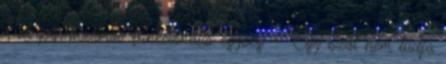
Sok párhuzamos funkcionális egység – Egy szál nem tudja